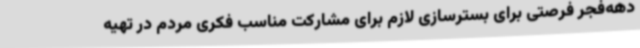
دهه‌فجر فرصتی برای بسترسازی لازم برای مشارکت مناسب فکری مردم در تهیه